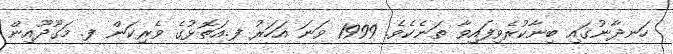
ހަނދާނުގައި ބިނާކުރެވިފައިވާ ތަނެކެވެ. 1999 ވަނަ އަހަރު ފ.އަތޮޅުގެ ވެރިކަން ފ. މަގޫދޫއިން